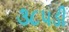
૩૮૫ડી